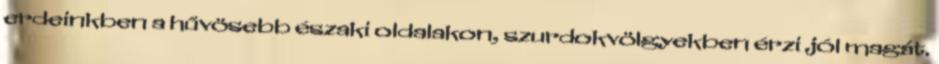
erdeinkben a hűvösebb északi oldalakon, szurdokvölgyekben érzi jól magát.